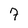
Character: 7